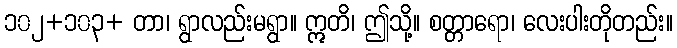
၁၀၂+၁၀၃+ တာ၊ ရွာလည်းမရွာ။ ဣတိ၊ ဤသို့။ စတ္တာရော၊ လေးပါးတိုတည်း။